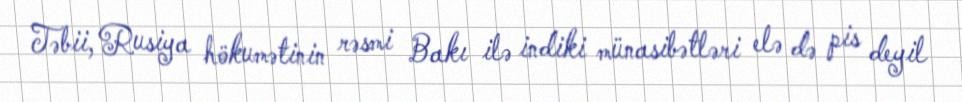
Təbii, Rusiya hökumətinin rəsmi Bakı ilə indiki münasibətləri elə də pis deyil